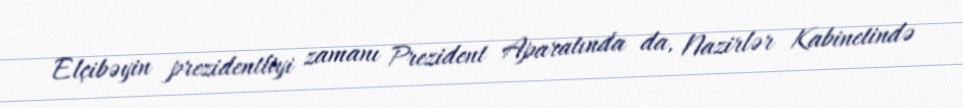
Elçibəyin prezidentliyi zamanı Prezident Aparatında da, Nazirlər Kabinetində